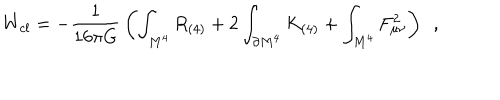
LaTeX: W _ { c l } = - { \frac { 1 } { 1 6 \pi G } } \left( \int _ { M ^ { 4 } } R _ { ( 4 ) } + 2 \int _ { \partial M ^ { 4 } } K _ { ( 4 ) } + \int _ { M ^ { 4 } } F _ { \mu \nu } ^ { 2 } \right) ~ ~ ,